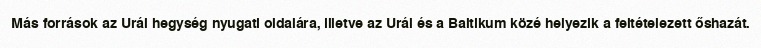
Más források az Urál hegység nyugati oldalára, illetve az Urál és a Baltikum közé helyezik a feltételezett őshazát.